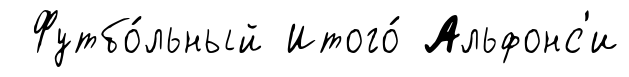
Футбо́льный Итого́ Альфонс'и